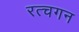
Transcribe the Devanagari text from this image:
रत्चगन